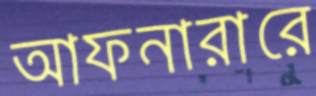
আফনারারে